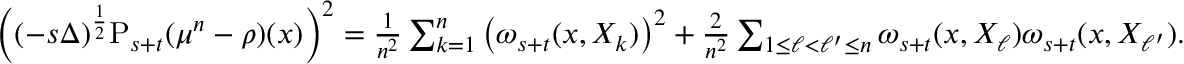
\begin{array} { r } { \Big ( ( - s \Delta ) ^ { \frac { 1 } { 2 } } \mathrm { P } _ { s + t } ( \mu ^ { n } - \rho ) ( x ) \Big ) ^ { 2 } = \frac { 1 } { n ^ { 2 } } \sum _ { k = 1 } ^ { n } \big ( \omega _ { s + t } ( x , X _ { k } ) \big ) ^ { 2 } + \frac { 2 } { n ^ { 2 } } \sum _ { 1 \leq \ell < \ell ^ { \prime } \leq n } \omega _ { s + t } ( x , X _ { \ell } ) \omega _ { s + t } ( x , X _ { \ell ^ { \prime } } ) . } \end{array}